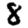
Digit: 8